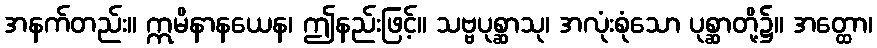
အနက်တည်း။ ဣမိနာနယေန၊ ဤနည်းဖြင့်။ သဗ္ဗပုစ္ဆာသု၊ အလုံးစုံသော ပုစ္ဆာတို့၌။ အတ္ထော၊